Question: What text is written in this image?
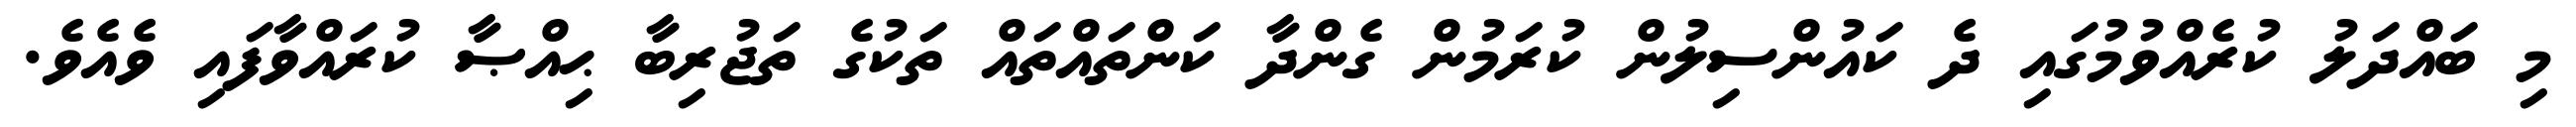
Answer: މި ބައްދަލު ކުރެއްވުމުގައި ދެ ކައުންސިލުން ކުރަމުން ގެންދާ ކަންތައްތައް ތަކުގެ ތަޖުރިބާ ޙިއްޞާ ކުރައްވާފައި ވެއެވެ.